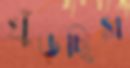
খুঁড়ছিস